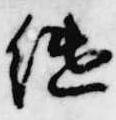
継